Report on horse surra - Volume II, Part II
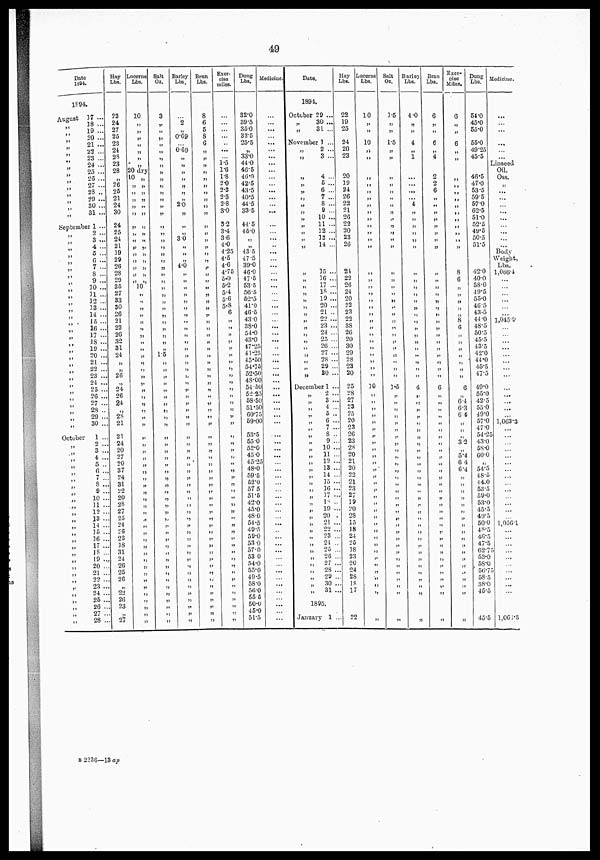
49
Date
1894.
1894.
August 17 ...
„18 ...
„19 ...
„20 ...
„21 ...
„22 ...
„23 ...
„24 ...
„25 ...
„26 ...
„
27 ...
„28 ..
„29 ...
„30 ...
,„
31 ...
September 1 ...
„3 ...
„
4...
„5 ...
„ 6
„7 „8 ...
„ 9 „10 „11 ...
„12 ...
„13...
„14 ...
„15 ...
„16 ...
„17 ...
„18 ...
„
19 ...
„20 ...
„21...
„22 ...
„23 ...
„24 ...
„25 ...
„26 ...
„27
...
„28 ...
„29 ...
„30...
October
1 ...
„2
...
„ 3 ...
„4 ...
„5 ...
„6 ...
„7...
„8 ...
„9 ...
„10 ...
„11 ...
„12 ...
„13 ...
„14 ..
„ 15 ..
„16 ...
,17 ...
„18 ...
„19 ...
„ 20 ...
„ 21 ...
„22 ....
„
23...
„24 ....
„26 ....
„26 ...
„27 ....
„28 ...
Hay
Lbs.
23
24
27
25
23
24
38
23
28
„
26
25
21
24
30
24
25
24
21
19
29
26
2S
29
35
27
33
30
26
21
22
26
32
31
24
26
„
24
26
24
28
21
21
24
20
27
20
37
24
. 31
22
2.0
. 28
. 27
. 25
. 24
. 26
. 23
. 18
31
. 24
. 26
. 25
. 26
„
.
22
.
26
. 23
. 27
Lucerne
Lbs.
10
„
„
„
„
„
„
„
20 dry
10 „
„ „
„ „
„ „
„ „
„ „
„ „
„ „
„ „
„ „
„ „
„ „
„ „
„ „
„ „
10
„
„
„
„
„
„
„
„
„
„
„
„
„
„
„
„
„
„
„
„
„
„
„
„
„
„
„
„
„
„
„
„
„
„
„
Salt
Oz.
3
„
„
„
„
„
„
„
„
„
„
„
„
„
„
„
„
„
„
„
„
„
„
1.5
„
„
„
„
„
„
„
„
„
„
„
„
„
„
„
„
„
„
„
„
„
„
„
„
„
„
Barley
Lbs.
2
„
0.69
0.69
„
„
„
„
„
„
2.0
„
„
„
3.0
„
„
4.0
„
„
„
„
„
„
„
„
„
„
„
„
„
„
„
„
„
„
„
„
„
„
„
„
„
„
„
„
„
„
„
„
„
„
„
„
„
„
„
„
„
„
„
„
„
„
„
„
„
„
Bran
Lbs.
8
6
5
8
6
„
„
„
„
„
„
„
„
„
„
„
„
„
„
„
„
„
„
„
„
„
„
„
„
„
„
„
„
„
„
„
„
„
„
„
„
„
„
„
„
„
„
„
„
„
„
„
„
„
„
„
„
„
„
„
„
„
„
„
„
„
„
„
„
„
„
„
„
Exer-
cise
miles.
...
...
...
1.5
1.6
1.8
2 0
2.3
2.5
2.8
3.0
3.2
3.4
36
4.0
4.25
4.5
4.6
4.75
5.0
5.2
5.4
5.6
6.8
6
„
„
„
„
„
„
„
„
„
„
„
„
„
„
„
„
„
„
„
„
„
„
„
„
„
„
„
„
„
„
„
„
„
„
„
„
„
„
„
„
„
„
„
„
Dung
Lbs.
32.0
39.5
35.0
32.5
25.5
„
33.0
44.0
46.5
46.0
42.5
43.5
40.5
44.5
33.5
44.5
45.0
„
„
43 5
47.5
39.0
46.0
47.5
53.5
56.5
52.5
41.0
46.5
43.0
38.0
54.0
43.0
47.25
43.25
45.50
54.75
52.50
48.00
54.50
52.20
58.50
51.50
60.75
59.00
53.5
55.0
52.0
45.0
45.25
48.0
59.5
62.0
57 5
51.5
42.0
45.0
48.0
54.5
49.5
59.0
53.0
57.0
53 0
54.0
55.0
49.5
58.0
56.0
55.5
50.0
45.0
51.5
Medicine.
...
...
Date.
1894.
October 29 ...
„30 ...
„31 ...
November 1 ...
...
...
...
...
,
...
...
....
...
...
.... ...
...
...
...
...
...
...
...
...
...
...
...
...
...
... ...
...
...
...
... ...
...
...
...
...
...
...
...
...
...
...
„2 ...
„3 ...
„4 ...
„5 ...
„
6 ...
„7 ...
„8 ...
„9 .
„.
10 .
„
11 .
„
12 ...
„
13 ...
„
14
„
15 ...
„
16 ...
„17 ...
„
18 ...
„
19 ...
„
20 ...
„21...
„ 22 ...
„23 ...
....
„24
„25 ...
„26 ...
„27 ...
„28 ...
„
29
...
„30 ...
December 1 ..
„ 2...
„3 ...
„4 ..
„ 5...
„ 6 ...
„
„ 7 ...
„ 8 ...
„
„ 9 ...
„ 10 ...
11 ...
„
12 ..
„
13 ...
„
14 ....
„
15...
„
16...
, , 17 ...
,.
19 ...
„
20 ..
„
21. ..
„ 22
„
23 ..
24 ..
„
25 ..
„
26 .
„
27 .
„ 28 ..
„ 29 .
„
30 ,
„ 31.
1895.
January 1 ...
Hay
Lbs.
22
19
25
24
20
23
20
19
24
26
22
21
26
22
20
23
26
24
22
26
24
20
22
23
22
is 26
20
30
29
28
23
20
25
28
27
23 25
20
23
26
23
. 28
. 20
21
. 20
. 22
21
23
27
19
. 20
2S
.
15
.
18
. 24
25
18
. 23
. 20
. 24
. 28
. 18
. 17
22
Lucerne
Lbs.
10
„
„
10
„
„
„
„
„
„
„
„
„
„
„
„
„
„
„
„
„
„
„
„
„
„
„
„
„
„
10
„
„
„
„
„
„
„
„
„
„
„
„
„
„
„
„
„
„
„
„
„
„
„
„
„
„
„
„
„
„
„
Salt
Oz.
1.5
„
„
1.5
„
„
„
„
„
„
„
„
„
„
„
„
„
„
„
„
„
„
„
„
„
„
„
„
„
„
„
„
1.5
„
„
„
„
„
„
„
„
„
„
„
„
„
„
„
„
„
„
„
„
„
„
„
„
„
„
„
„
„
„
Barley
Lbs.
4.0
„
„
4
„
1
...
...
...
...
4
„
„
„
„
„
„
„
„
„
„
„
„
„
„
„
„
„
„
„
„
„
„
4
„
„
„
„
„
„
„
„
„
„
„
„
„
„
„
„
„
„
„
„
„
„
„
„
„
„
„
„
Bran
Lbs.
6
„
„
6
„
4
2
2
6
„
„
„
„
„
„
„
„
6
„
„
„
„
„
„
„
„
„
„
„
„
„
„
„
„
„
„
„
„
„
„
„
„
„
„
„
„
„
Exer-
cise Miles.
6
„
„
6
„
„
„
„
„
„
„
„
„
„
„
„
8
6
„
„
„
8
6
„
„
„
„
„
6
„
„
6. 4
6.3 6.4
„
„
„
3.2
5.4
6 4
6.4
„
„
„
„
„
„
„
„
„
„
„
„
„
„
„
Dung
Lbs.
54.0
45.0
55.0
55.0
49.25
45.5
46.5
47.0
53.5
595
57.0
62.5
51.0
52.5
49.5
50.5
51.5
42.0
40.0
58.0
49.5
55.0
46.5
43.5
44.0
48.5
50.5
45.5
43.5
42.0
44.0
45.5
47.5
49.0
55.0
42.5
55.0
49.0
57.0
47.0
54.25
43.0
58.0
60.0
„
54'5
48.5
44.0
53.5
59.0
53.0
45.5
49.5
50.0
48.5
46.5
47.5
62.75
53.0
58.0
56.75
58.5
38.0
45.5
45.5
Medicine.
...
...
...
...
...
...
Linseed
Oil.
Oss.
„
...
...
...
...
...
...
...
...
Body
Weight,
Lbs.
1,0604
...
...
...
...
...
...
1,0459
...
...
...
...
...
...
...
...
...
...
... ...
...
...
1,063.3
... ...
...
...
...
...
...
...
...
...
...
...
...
1,0561
...
...
...
...
...
...
...
...
...
...
...
1,067.3
B 2236—13 ap